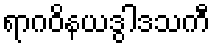
ရာဂဝိနယဒွါဒသကီ